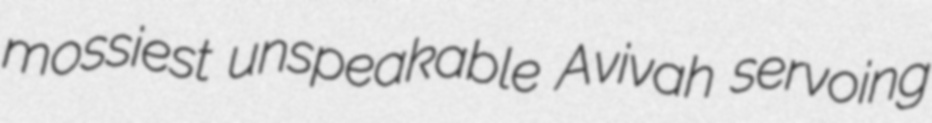
mossiest unspeakable Avivah servoing